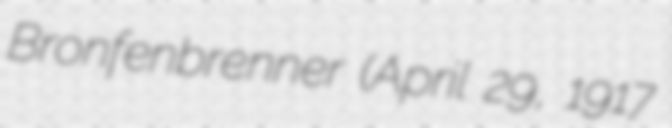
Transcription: Bronfenbrenner (April 29, 1917